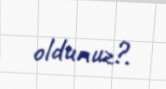
oldunuz?.